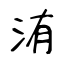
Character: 洧